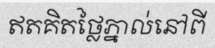
ឥតគិតថ្លៃភ្នាល់នៅពី